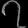
Digit: ၇